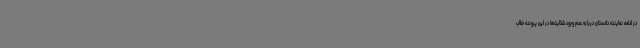
در ادامه نماینده دادستان درباره عدم وجود شکایت‌ها در این پرونده خطاب